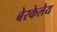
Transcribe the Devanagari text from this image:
बेरकेलेय